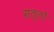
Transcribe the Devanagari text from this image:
सत्तों